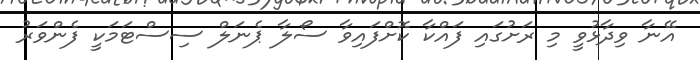
އޭނާ ވިދާޅުވީ މި ރަށުގައި ފައްކާ ކޮށްފައިވާ ސޯލާ ޕެނަލް ސިސްޓަމަކީ ފެންވަރު